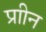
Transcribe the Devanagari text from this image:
प्राीन